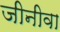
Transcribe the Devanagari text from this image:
जीनीवा